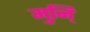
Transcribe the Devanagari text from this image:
मुनि्